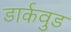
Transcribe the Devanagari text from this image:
डार्कवुड